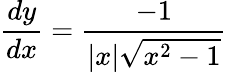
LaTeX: {\frac{dy}{dx}}={\frac{-1}{|x|{\sqrt{x^{2}-1}}}}